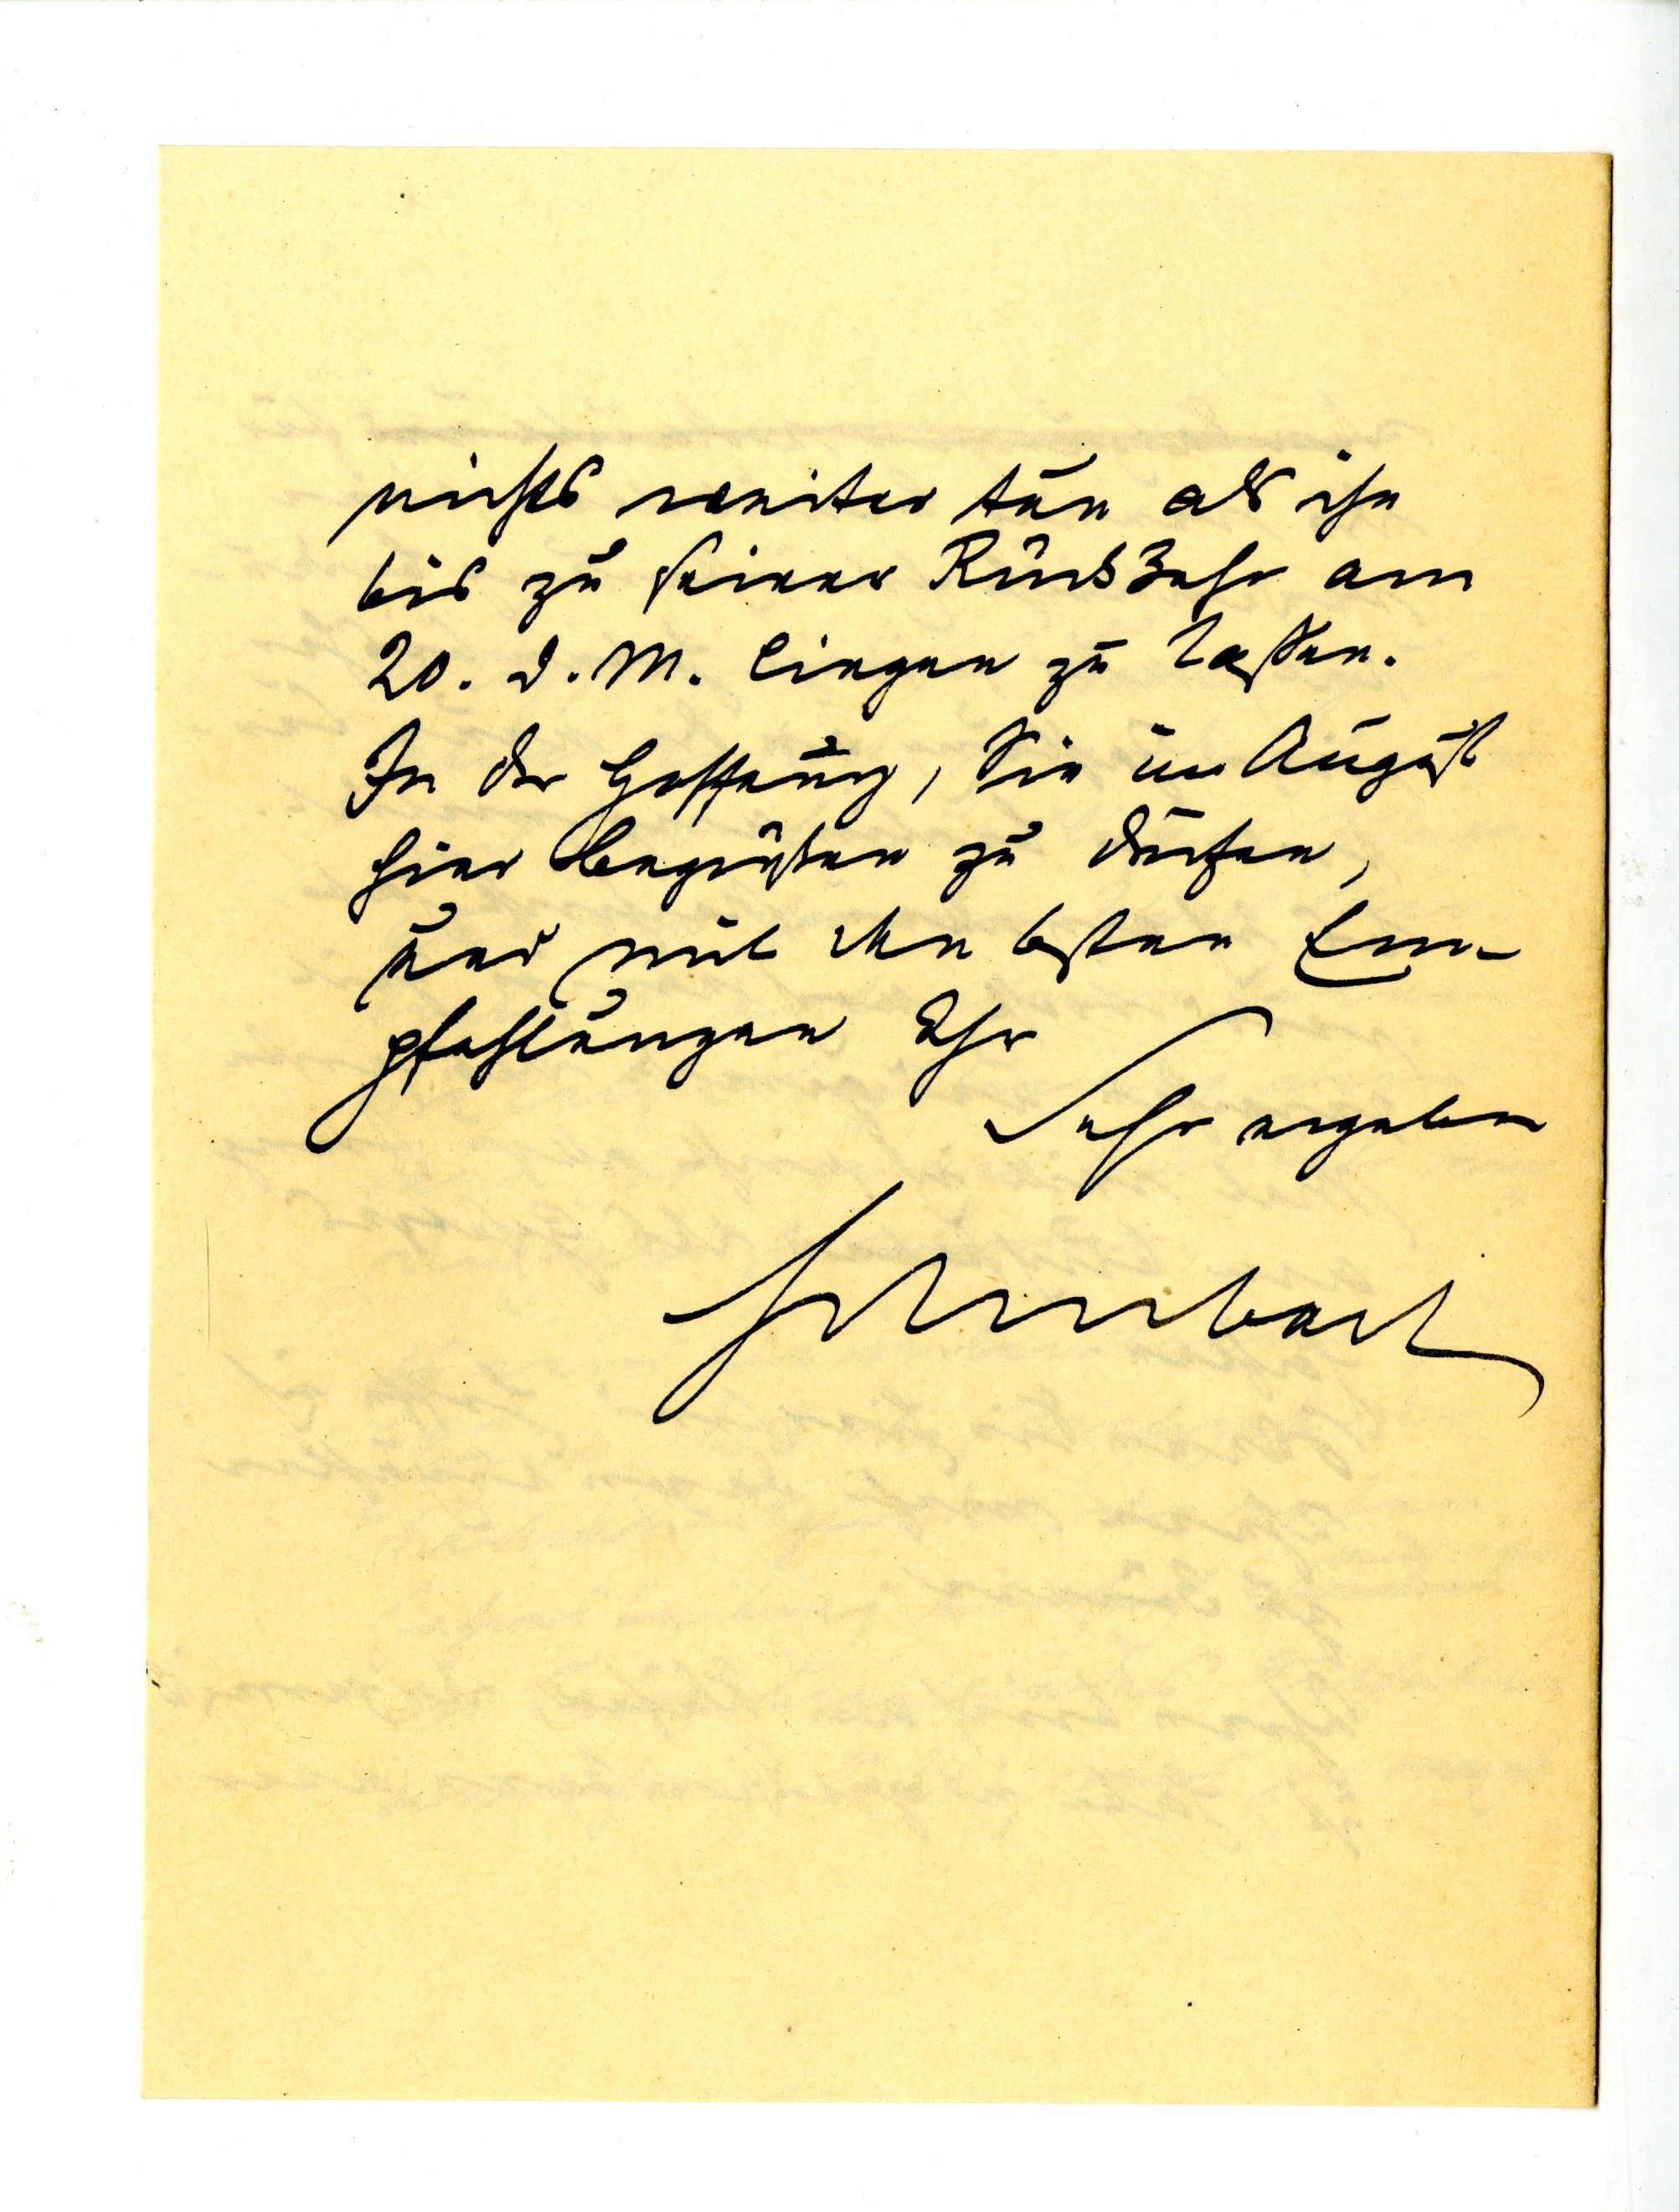
nichts weiter tun als ihn
bis zu seiner Rückkher am
20 d. M. liegen zu laßen.
In der Hoffnung, Sie im August
hier begrüßen zu dürfen,
nur mit den besten Em
 pfehlungen Ihr
Sehr ergeben
Schubart